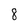
Character: 8